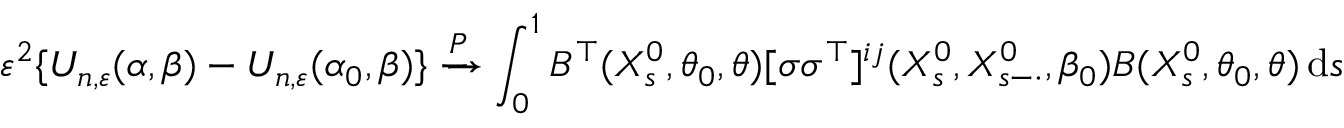
\varepsilon ^ { 2 } \{ U _ { n , \varepsilon } ( \alpha , \beta ) - U _ { n , \varepsilon } ( \alpha _ { 0 } , \beta ) \} \xrightarrow { P } \int _ { 0 } ^ { 1 } B ^ { \top } ( X _ { s } ^ { 0 } , \theta _ { 0 } , \theta ) [ \sigma \sigma ^ { \top } ] ^ { i j } ( X _ { s } ^ { 0 } , X _ { s - \cdot } ^ { 0 } , \beta _ { 0 } ) B ( X _ { s } ^ { 0 } , \theta _ { 0 } , \theta ) \, \mathrm { d } s